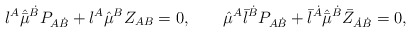
\begin{align*} {\l}^{A} \hat{\bar{\mu}}^{\dot{B}} P_{A\dot{B}} + \l^A \hat{\mu}^B Z_{AB} = 0, \qquad \hat{\mu}^{A} {\bar{\l}}^{\dot{B}} P_{A\dot{B}} + \bar{\l}^{\dot{A}} \hat{\bar{\mu}}^{\dot{B}} \bar{Z}_{\dot{A}\dot{B}} = 0,\end{align*}